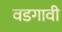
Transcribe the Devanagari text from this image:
वडगावी